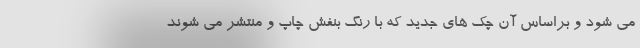
می شود و براساس آن چک های جدید که با رنگ بنفش چاپ و منتشر می شوند